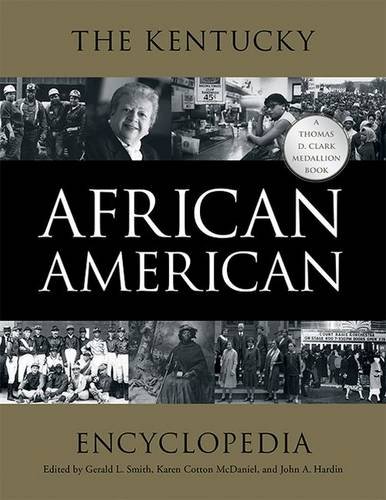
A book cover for The Kentucky African American Encyclopedia (Thomas D. Clark Medallion Book); Reference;